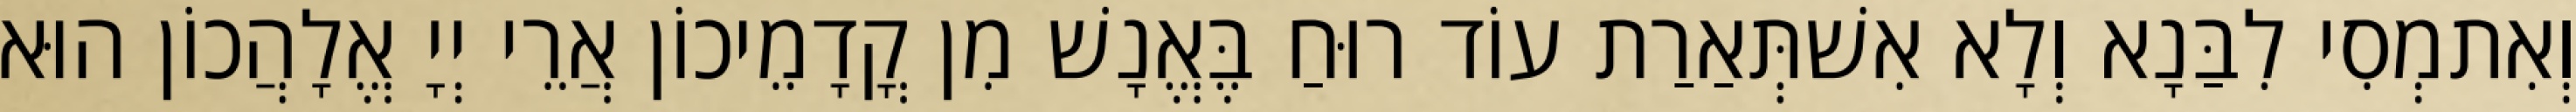
וְאִתמְסִי לִבַּנָא וְלָא אִשׁתְּאַרַת עוֹד רוּחַ בֶּאֱנָשׁ מִן קֳדָמֵיכוֹן אֲרֵי יְיָ אֱלָהֲכוֹן הוּא